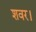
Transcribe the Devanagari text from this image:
शवर।